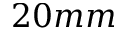
2 0 m m